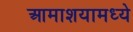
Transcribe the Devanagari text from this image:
आमाशयामध्ये